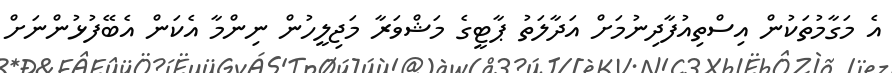
އެ މަގާމުތަކުން އިސްތިއުފާދިނުމަށް އަދާލަތު ޕާޓީގެ މަޝްވަރާ މަޖިލީހުން ނިންމާ އެކަން އެބޭފުޅުންނަށް